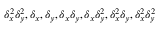
\delta _ { x } ^ { 2 } \delta _ { y } ^ { 2 } , \delta _ { x } , \delta _ { y } , \delta _ { x } \delta _ { y } , \delta _ { x } \delta _ { y } ^ { 2 } , \delta _ { x } ^ { 2 } \delta _ { y } , \delta _ { x } ^ { 2 } \delta _ { y } ^ { 2 }